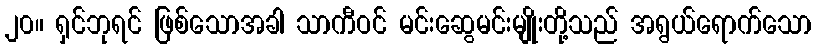
၂၀။ ရှင်ဘုရင် ဖြစ်သောအခါ သာကီဝင် မင်းဆွေမင်းမျိုးတို့သည် အရွယ်ရောက်သော